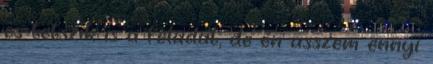
és tetszik is a feladat, de én asszem ennyi